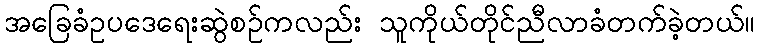
အခြေခံဥပဒေရေးဆွဲစဉ်ကလည်း သူကိုယ်တိုင်ညီလာခံတက်ခဲ့တယ်။